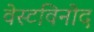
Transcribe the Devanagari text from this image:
वेस्टविनोद